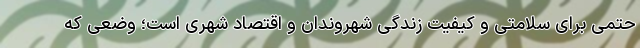
حتمی برای سلامتی و کیفیت زندگی شهروندان و اقتصاد شهری است؛ وضعی که